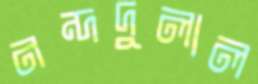
নন্দদুলাল